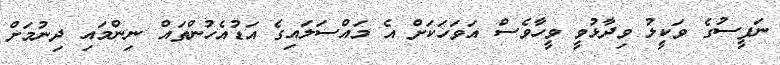
ނަފީސުގެ ވަކީލު ވިދާޅުވީ ވީހާވެސް އަވަހަކަށް އެ މައްސަލައިގެ އަޑުއެހުންތައް ނިންމައި ދިނުމަށް